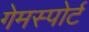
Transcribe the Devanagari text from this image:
गेमस्पोर्ट